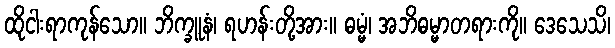
ထိုငါးရာကုန်သော။ ဘိက္ခူနံ၊ ရဟန်းတို့အား။ ဓမ္မံ၊ အဘိဓမ္မာတရားကို။ ဒေသေသိ၊